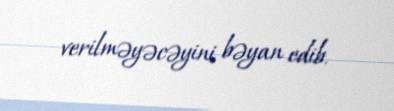
verilməyəcəyini bəyan edib.